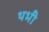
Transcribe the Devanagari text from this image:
थभी